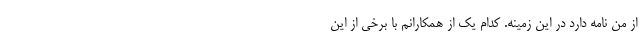
از من نامه دارد در این زمینه. کدام یک از همکارانم با برخی از این